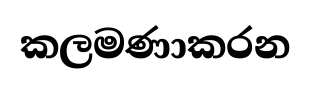
කලමණාකරන